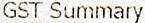
GST SUMMARY